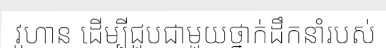
វូហាន ដើម្បីជួបជាមួយថ្នាក់ដឹកនាំរបស់